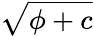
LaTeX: \sqrt{\phi+c}